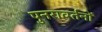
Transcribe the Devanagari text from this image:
पुनरावर्तनों